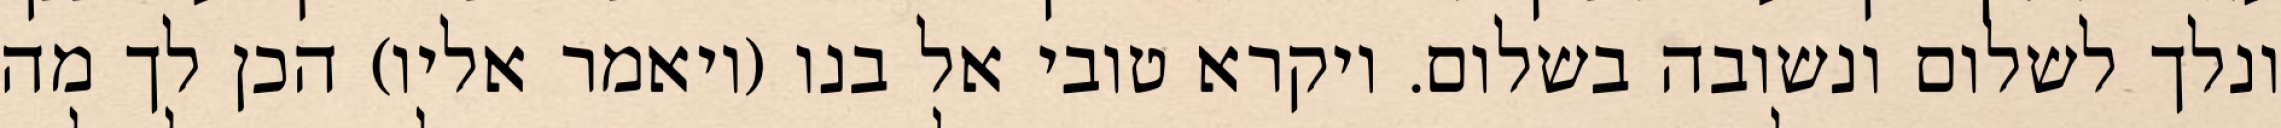
ונלך לשלום ונשובה בשלום. ויקרא טובי אל בנו (ויאמר אליו) הכן לך מה